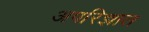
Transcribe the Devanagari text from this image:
अपरिज्ञात